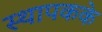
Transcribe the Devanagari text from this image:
स्थापकके